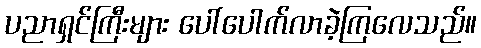
ပညာရှင်ကြီးများ ပေါ်ပေါက်လာခဲ့ကြလေသည်။